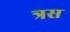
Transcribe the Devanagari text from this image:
त्रस